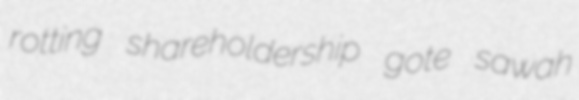
rotting shareholdership gote sawah